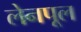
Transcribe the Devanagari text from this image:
लेनपूल